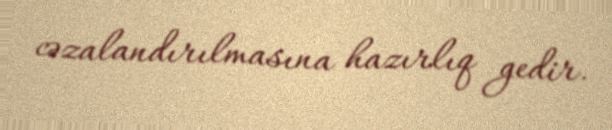
cəzalandırılmasına hazırlıq gedir.